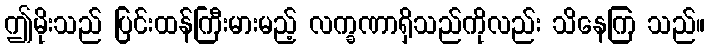
ဤမိုးသည် ပြင်းထန်ကြီးမားမည့် လက္ခဏာရှိသည်ကိုလည်း သိနေကြ သည်။